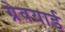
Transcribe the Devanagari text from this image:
ग्रेवयार्ड